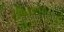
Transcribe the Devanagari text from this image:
बझावाली